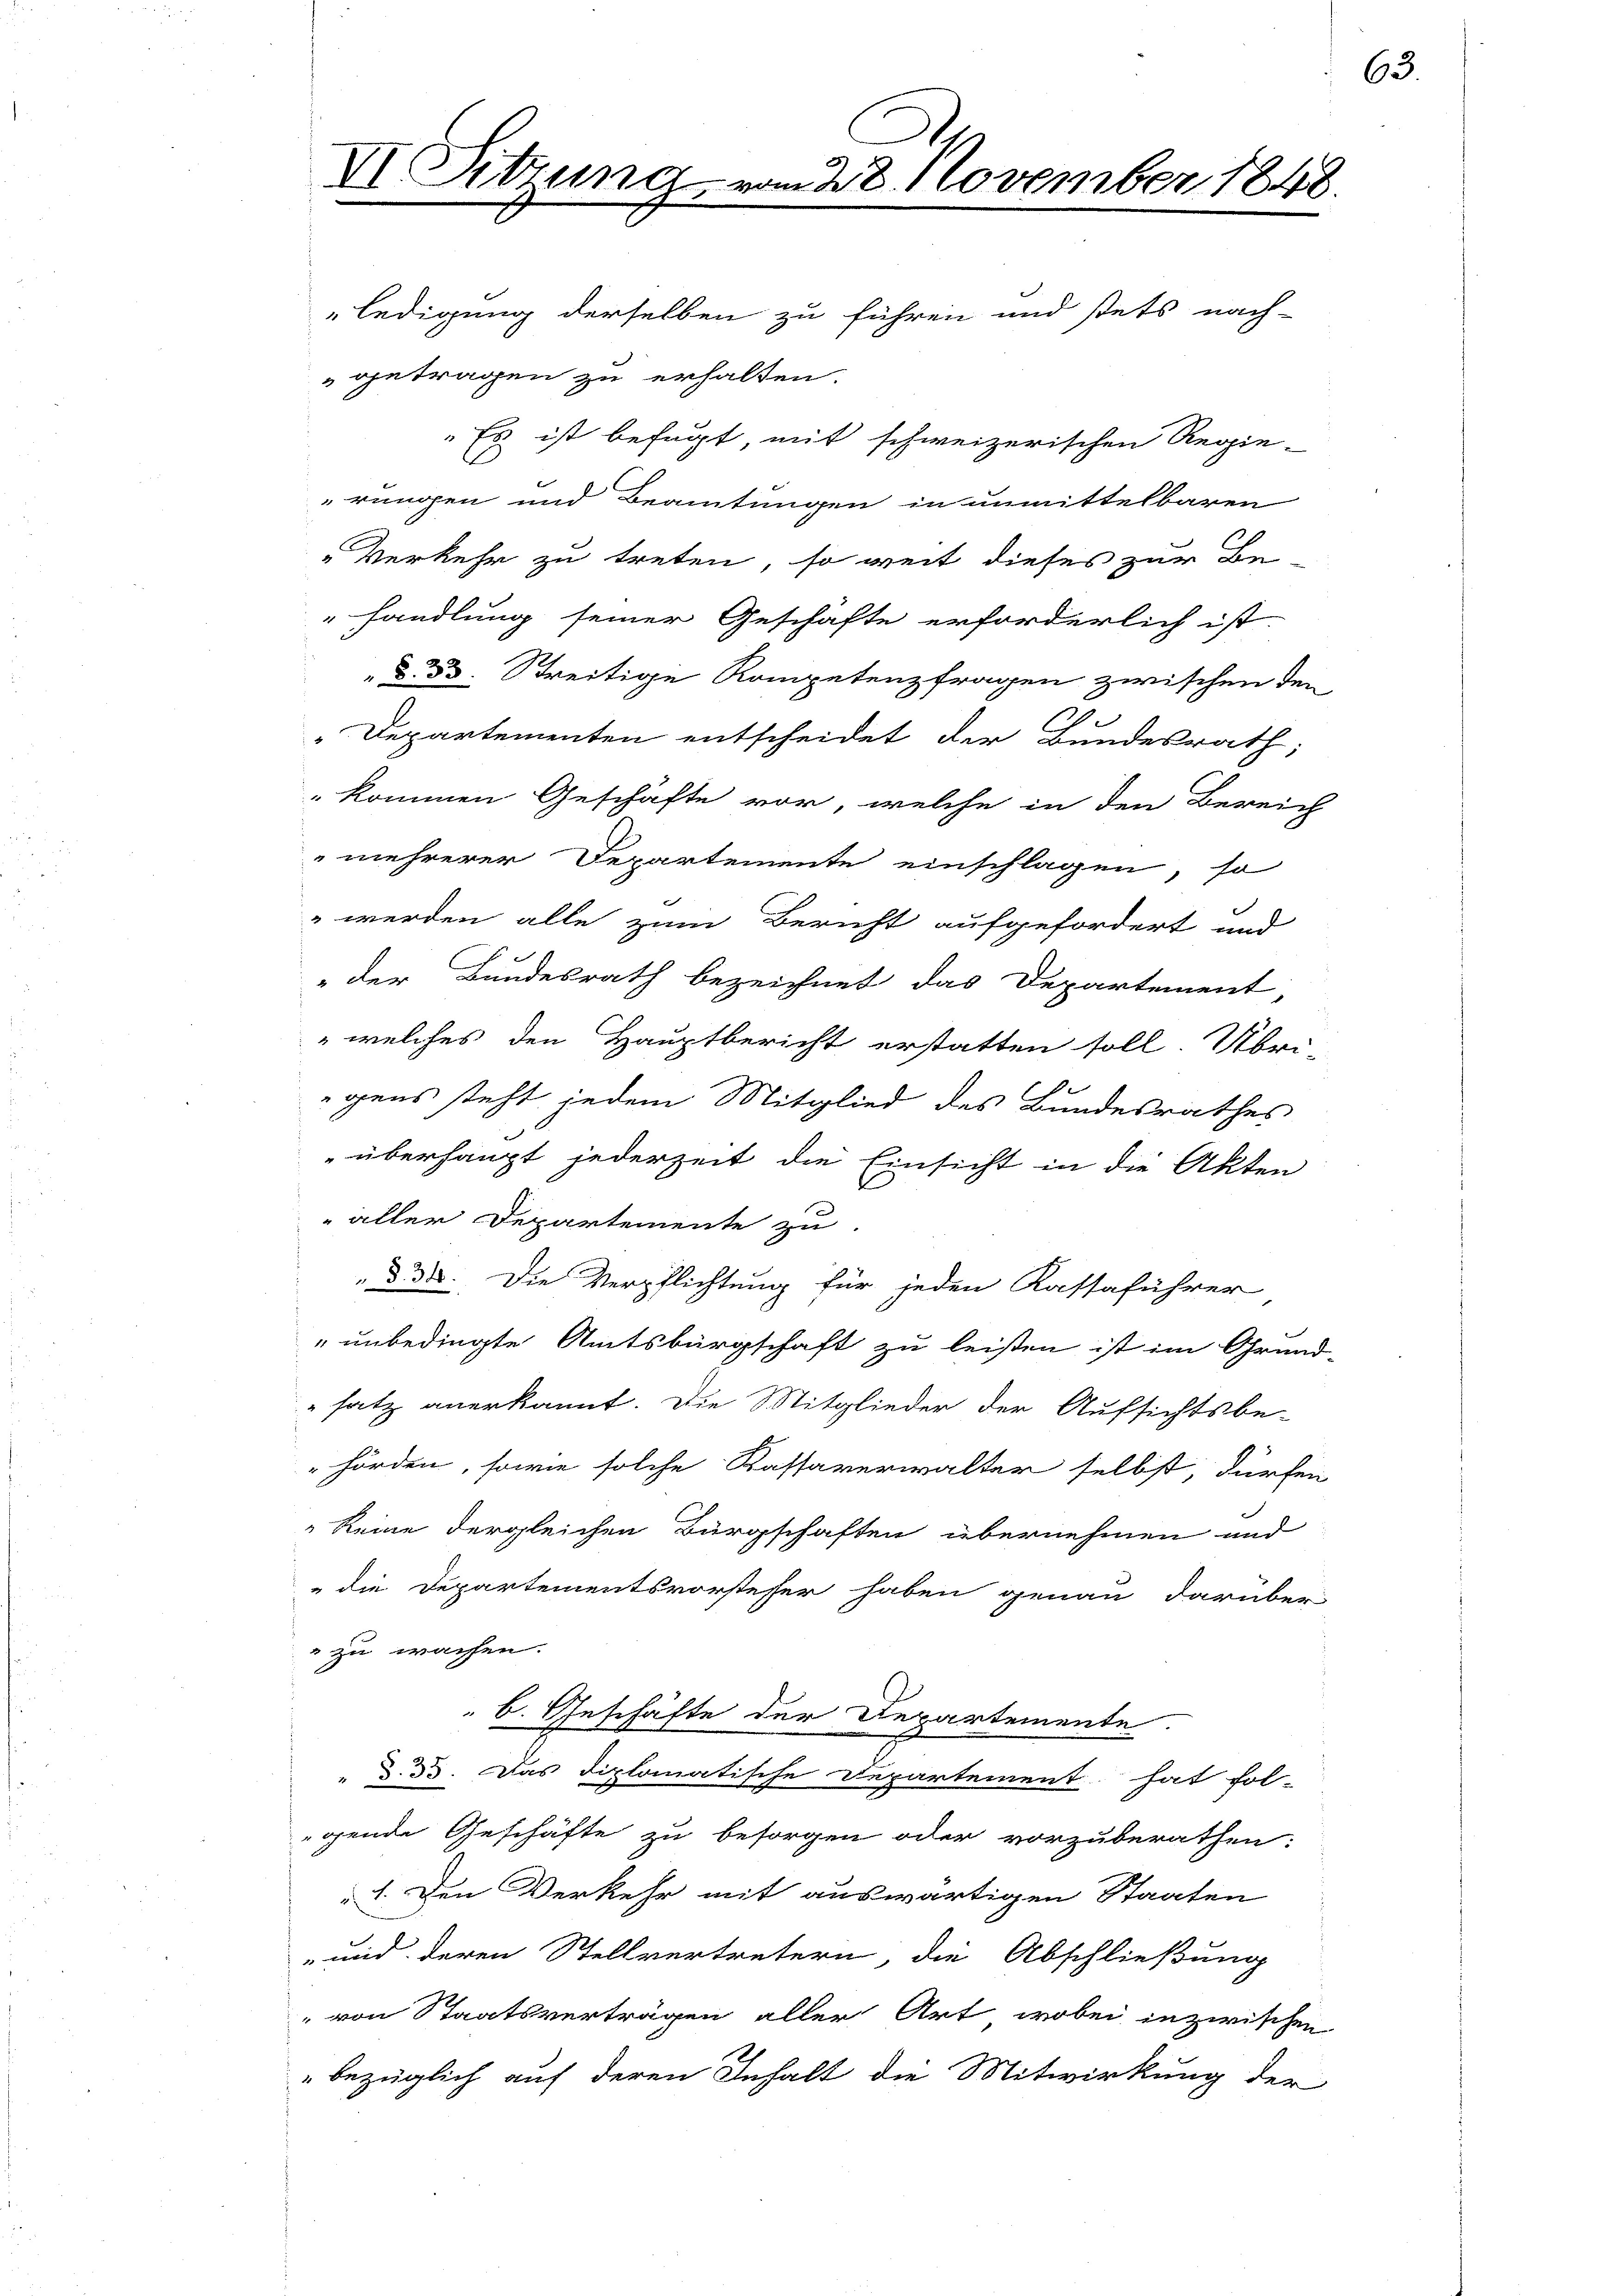
VI. Sitzung

ledigung derselben zu führen und stets nach-
getragen zu erhalten.
Es ist befugt, mit schweizerischen Regie-
rungen und Beamtungen in unmittelbaren
Verkehr zu treten, so weit dieses zur Be-
handlung seiner Geschäfte erforderlich ist.
 d. 30. Streitige Kompetenzfragen zwischen den
Departementen entscheidet der Bundesrath;
"kommen Geschäfte vor, welche in den Bereich
mehrerer Departemente einschlagen, so
 werden alle zum Bericht aufgefordert und
„der Bundesrath bezeichnet das Departement,
 welches den Hauptbericht erstatten soll. Übri
egens steht jedem Mitglied des Bundesrathes
„überhaupt jederzeit die Einsicht in die Akten
 aller Departemente zu
§ 38. Die Verpflichtung für jeden Kassaführer
" unbedingte Amtsbürgschaft zu leisten ist im Grund
satz anerkannt. Die Mitglieder der Aufsichtsbe-
"hörden, sowie solche Kassaverwalter selbst, dürfen
 keine dergleichen Bürgschaften übernehmen und
"die Departementsvorsteher haben genau darüber
 zu wachen.
 6. Geschäfte der Departemente.
§.33. Das diplomatische Departement hat fol-
gende Geschäfte zu besorgen oder vorzuberathen:
1. Den Verkehr mit auswärtigen Staaten
„und deren Stellvertretern, die Abschließung
" von Staatsverträgen aller Art, wobei inzwischen
" bezüglich auf deren Inhalt die Mitwirkung der

28. November 1848.

63.

d